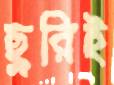
ছুরিই